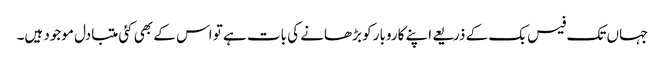
جہاں تک فیس بک کے ذریعے اپنے کاروبار کو بڑھانے کی بات ہے تو اس کے بھی کئی متبادل موجود ہیں۔